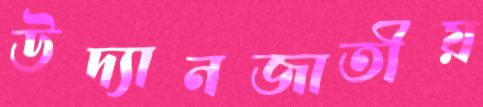
উদ্যানজাতীয়